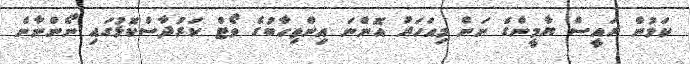
ކަމުން ރައީސް ޔާމީންގެ ނަން މިއަހަރު އޮންނަ އިންތިހާބުގެ ވޯޓް ކަރުދާސްކޮޅުގައި ނޯންނާނެ